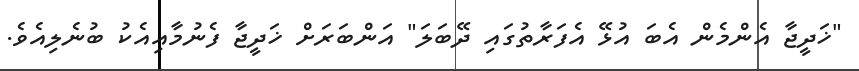
"ޚަދީޖާ އެންމެން އެބަ އުޅޭ އެފަރާތުގައި ދޭބަލަ" އަންބަރަށް ޚަދީޖާ ފެނުމާއިއެކު ބުނެލިއެވެ.